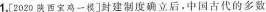
1.[2020陕西宝鸡一模]封建制度确立后，中国古代的多数